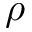
\rho